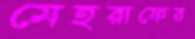
মেহরাফের